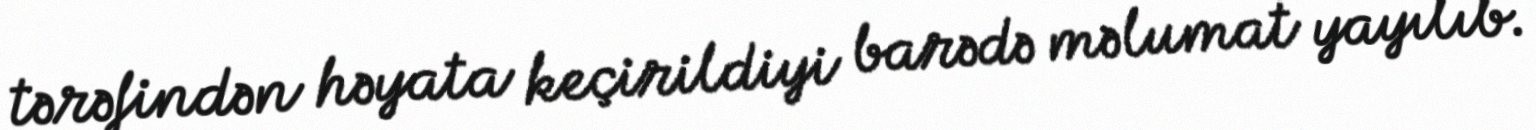
tərəfindən həyata keçirildiyi barədə məlumat yayılıb.